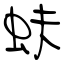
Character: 蚨